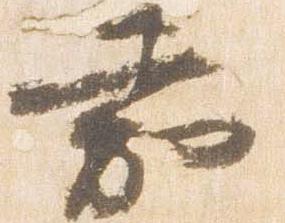
嘉